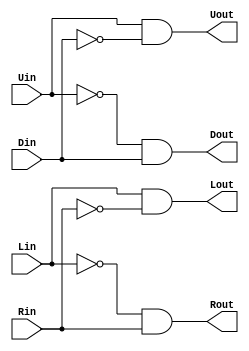
`timescale 1ns / 1ps
//////////////////////////////////////////////////////////////////////////////////
// Company: 
// Engineer: 
// 
// Design Name: 
// Module Name: btnChecker
// Project Name: 
// Target Devices: 
// Tool Versions: 
// Description: 
// 
// Dependencies: 
// 
// Revision:
// Revision 0.01 - File Created
// Additional Comments:
// 
//////////////////////////////////////////////////////////////////////////////////


module btnChecker(
    input Uin,
    input Din,
    input Lin,
    input Rin,
    output Uout,
    output Dout,
    output Lout,
    output Rout
    );
    
    assign Uout = Uin & ~Din;
    assign Dout = ~Uin & Din;
    assign Lout = Lin & ~Rin;
    assign Rout = ~Lin & Rin;
endmodule